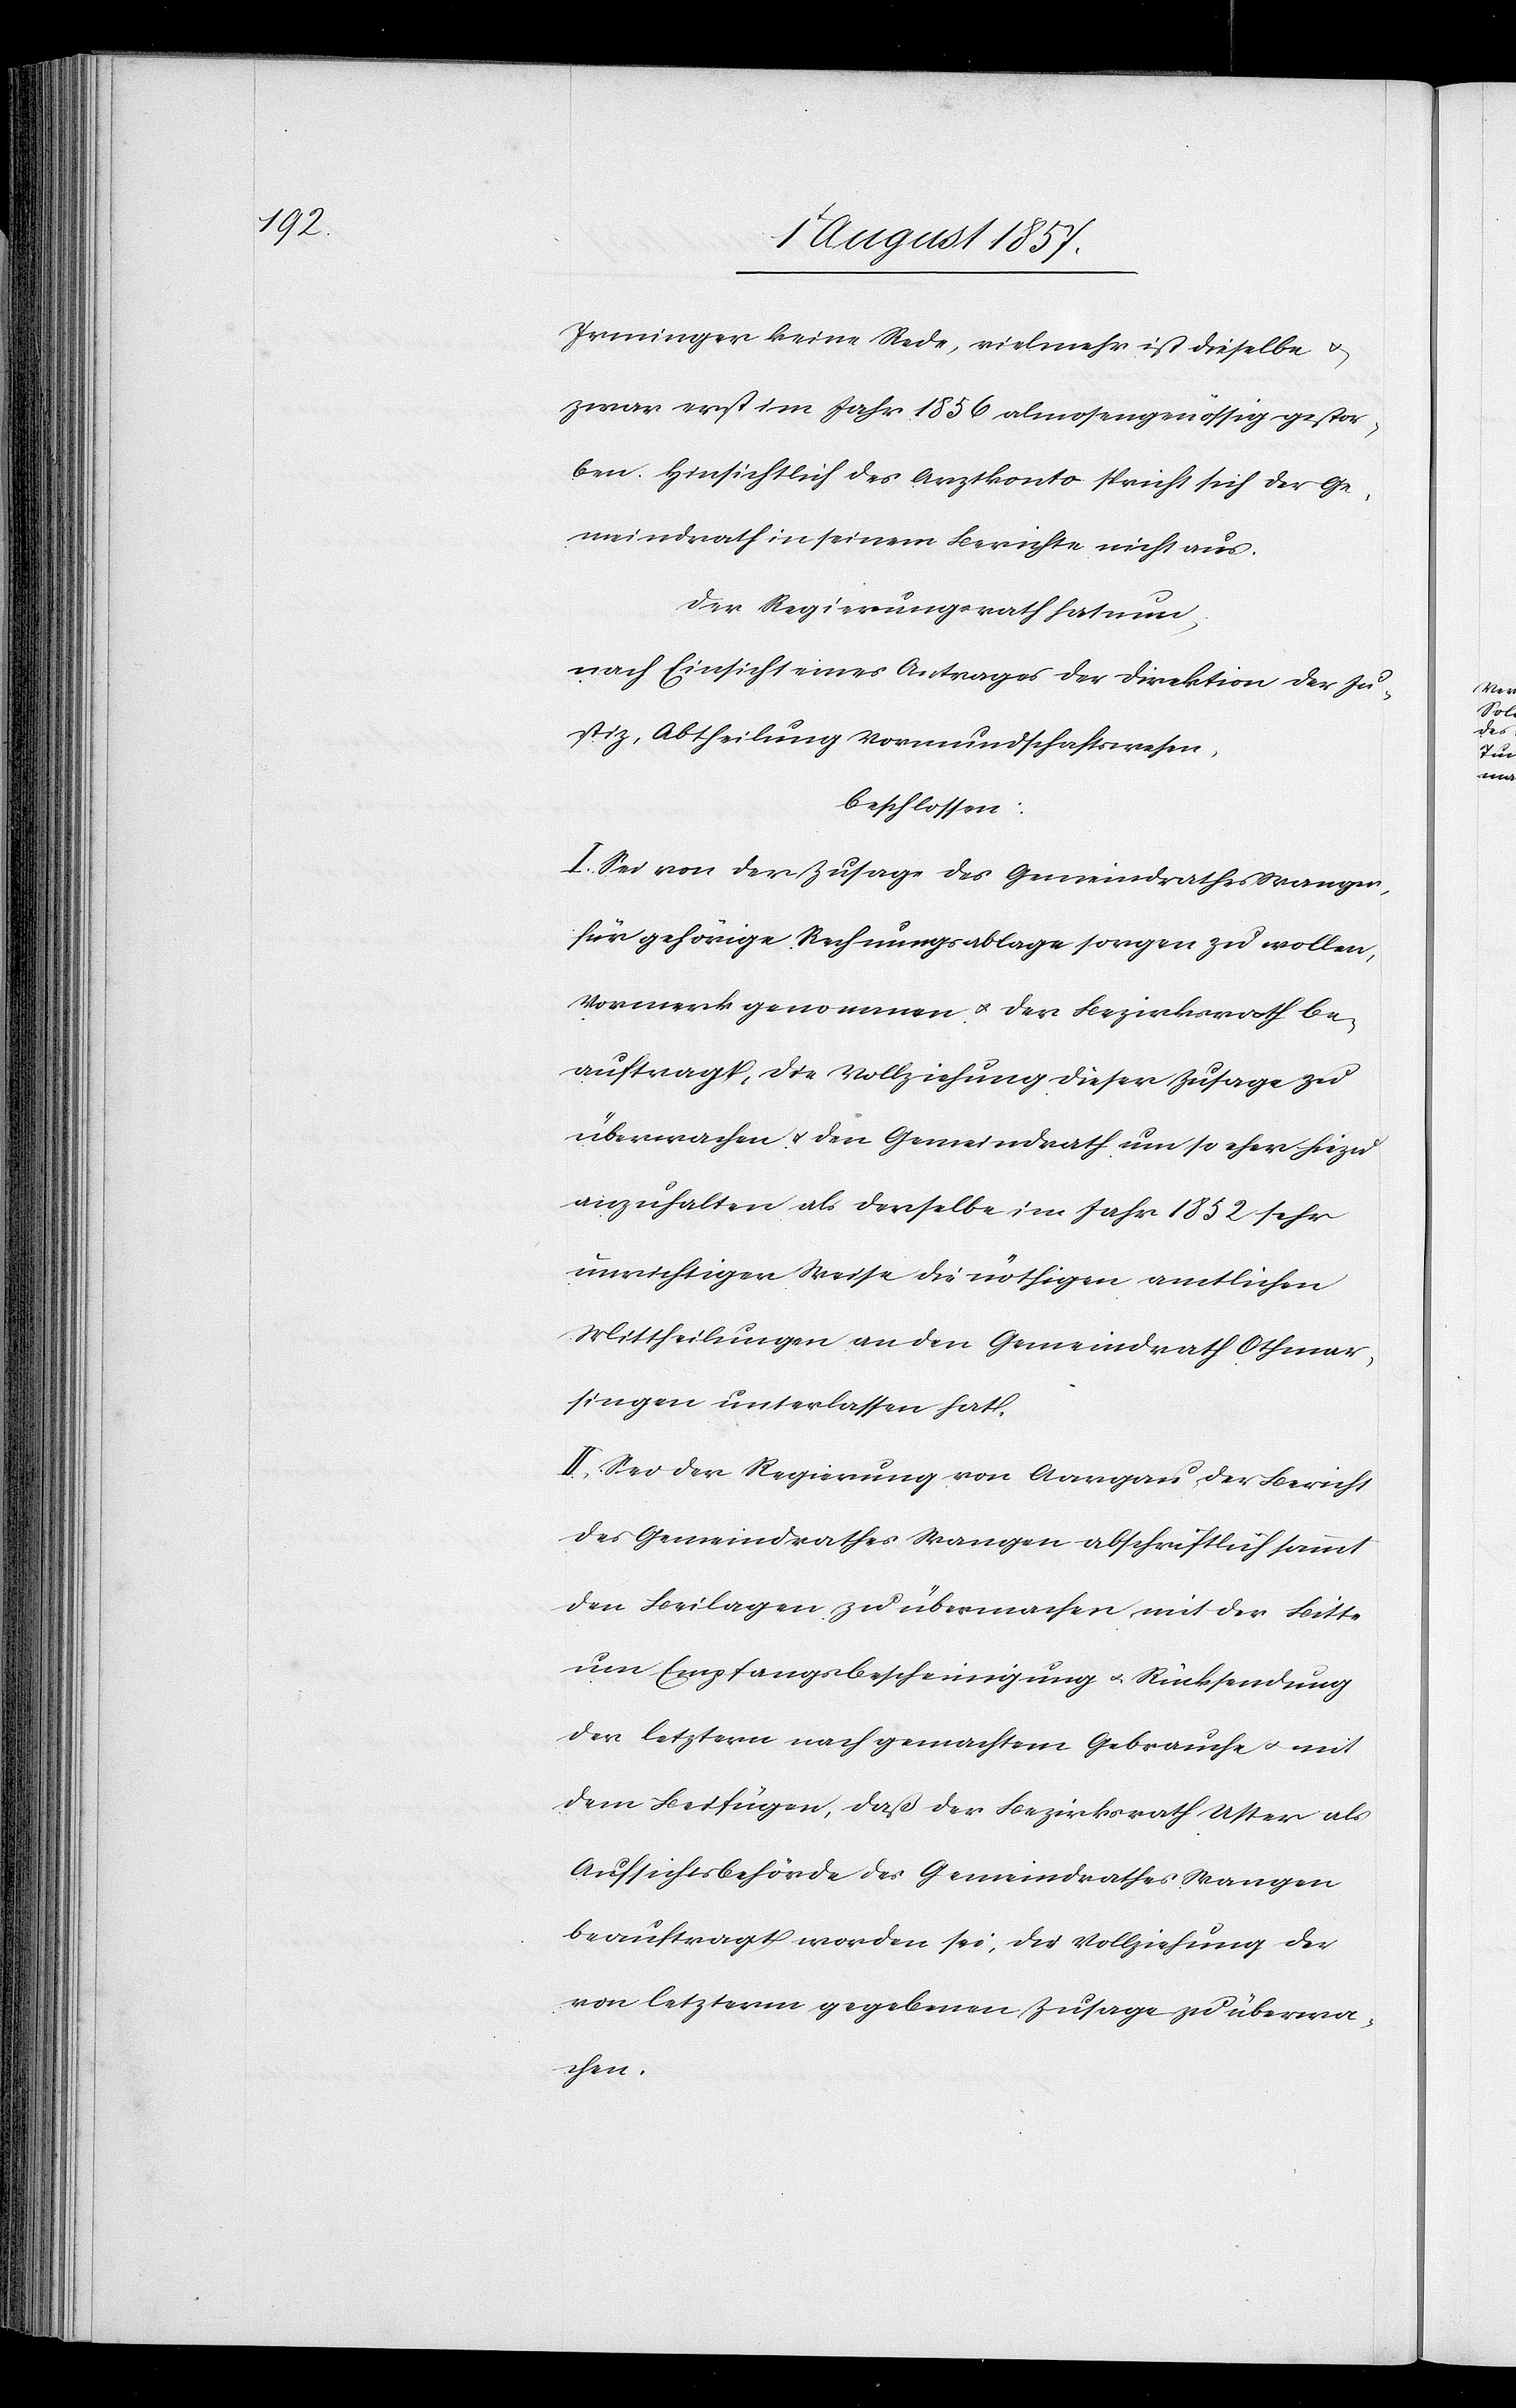
Irminger keine Rede, vielmehr ist dieselbe &
zwar erst im Jahr 1856 almosengenössig gestor¬
ben. Hinsichtlich des Arztkonto spricht sich der Ge¬
meindrath in seinem Berichte nicht aus.
Der Regierungsrath hat nun,
nach Einsicht eines Antrages der Direktion der Ju¬
stiz, Abtheilung Vormundschaftswesen,
beschlossen:
I. Sei von der Zusage des Gemeindrathes Wangen,
für gehörige Rechnungsablage sorgen zu wollen,
Vormerk genommen & der Bezirksrath be¬
auftragt, die Vollziehung dieser Zusage zu
überwachen & den Gemeindrath um so eher hiezu
anzuhalten als derselbe im Jahr 1852 sehr
unrichtiger Weise die nöthigen amtlichen
Mittheilungen an den Gemeindrath Othmar¬
singen unterlassen hat.
II. Sei der Regierung von Aargau der Bericht
des Gemeindrathes Wangen abschriftlich sammt
den Beilagen zu übermachen mit der Bitte
um Empfangsbescheinigung & Rücksendung
der letztern nach gemachtem Gebrauche & mit
dem Beifügen, daß der Bezirksrath Uster als
Aufsichtsbehörde des Gemeindrathes Wangen
beauftragt worden sei, die Vollziehung der
von letzterm gegebenen Zusage zu überma¬
chen.